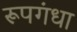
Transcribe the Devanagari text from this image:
रूपगंधा